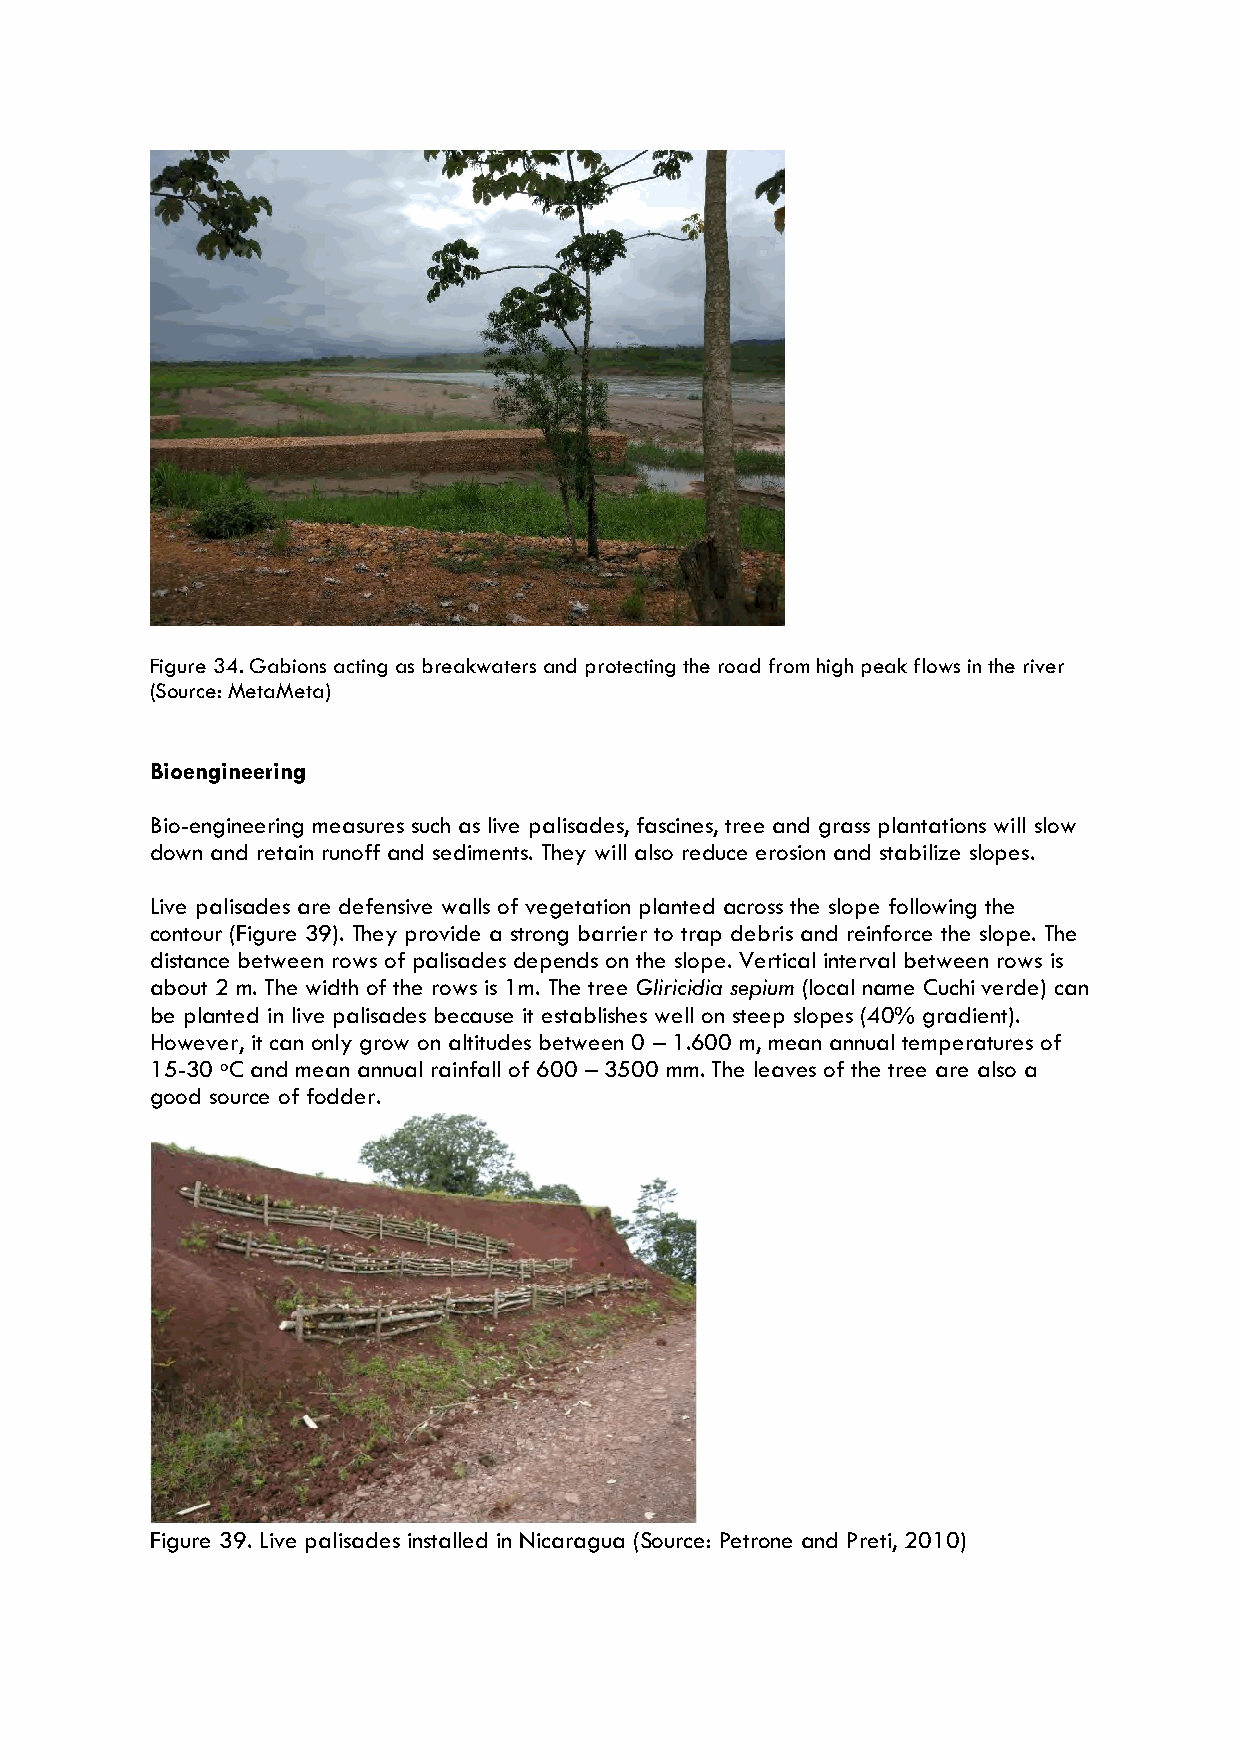
Figure 34. Gabions acting as breakwaters and protecting the road from high peak flows in the river
 (Source: MetaMeta)
 Bioengineering
 Bio-engineering measures such as live palisades, fascines, tree and grass plantations will slow
 down and retain runoff and sediments. They will also reduce erosion and stabilize slopes.
 Live palisades are defensive walls of vegetation planted across the slope following the
 contour (Figure 39). They provide a strong barrier to trap debris and reinforce the slope. The
 distance between rows of palisades depends on the slope. Vertical interval between rows is
 about 2 m. The width of the rows is 1m. The tree Gliricidia sepium (local name Cuchi verde) can
 be planted in live palisades because it establishes well on steep slopes (40% gradient).
 However, it can only grow on altitudes between 0 – 1.600 m, mean annual temperatures of
 15-30 oC and mean annual rainfall of 600 – 3500 mm. The leaves of the tree are also a
 good source of fodder.
 Figure 39. Live palisades installed in Nicaragua (Source: Petrone and Preti, 2010)